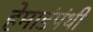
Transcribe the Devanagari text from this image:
हेमाडंपंथी